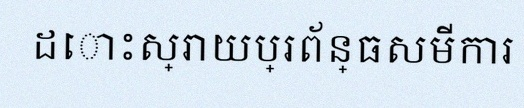
ដោះស្រាយប្រព័ន្ធសមីការ